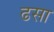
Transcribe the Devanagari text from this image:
ढसा